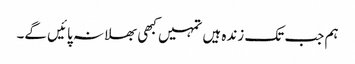
ہم جب تک زندہ ہیں تمہیں کبھی بھلا نہ پائیں گے۔